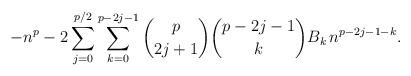
LaTeX: \begin{align*}-n^p - 2 \sum_{j=0}^{p/2} \sum_{k=0}^{p-2j-1} \binom{p}{2j+1} \binom{{p-2j-1}}{k} B_k \, n^{p-2j-1-k}.\end{align*}